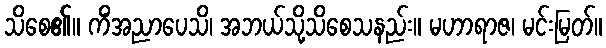
သိစေ၏။ ကိံအညာပေသိ၊ အဘယ်သို့သိစေသနည်း။ မဟာရာဇ၊ မင်းမြတ်။